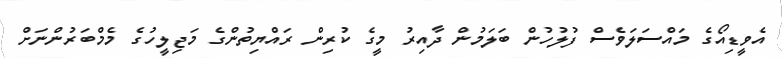
އެވީޑިއޯގެ މައްސަލަވެސް ފުލުހުން ބަަލަމުން ދާއިރު މީގެ ކުރިން ރައްޔިތުންގެ މަޖިލީހުގެ މެމްބަރުންނަށް